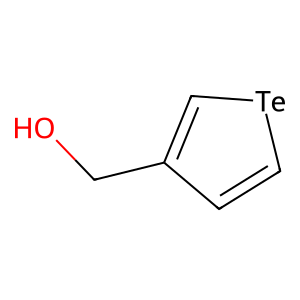
SMILES: OCc1cc[te]c1
Inhibits HIV replication: No